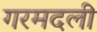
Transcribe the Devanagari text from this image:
गरमदली